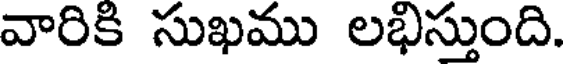
వారికి సుఖము లభిస్తుంది.